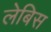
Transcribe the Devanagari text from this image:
लेबिस